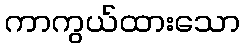
ကာကွယ်ထားသော